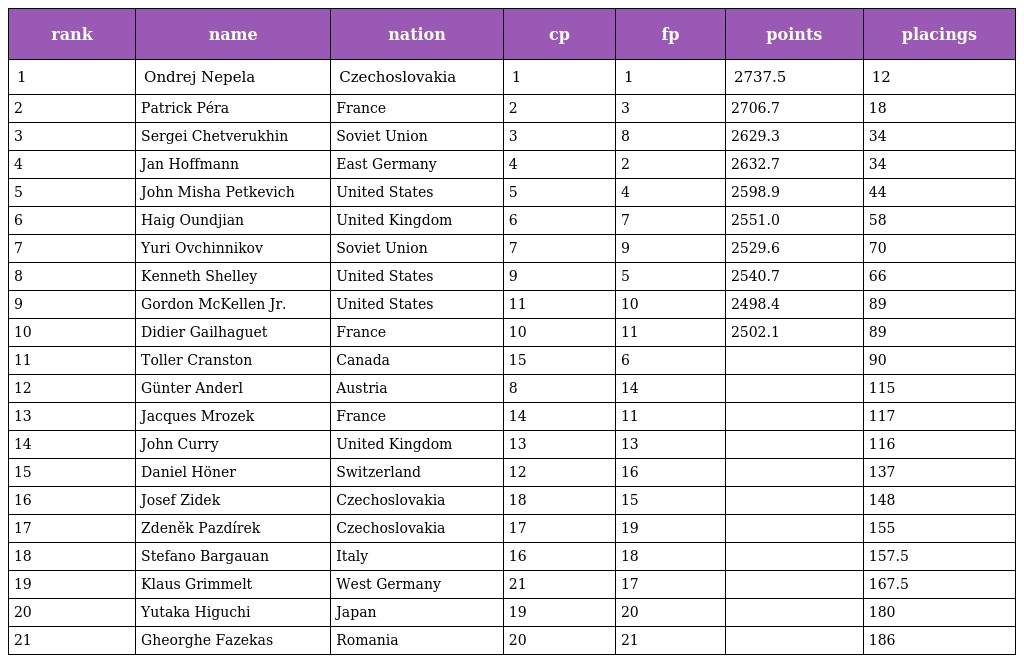
| rank | name | nation | cp | fp | points | placings |
 | --- | --- | --- | --- | --- | --- | --- |
 | 1 | Ondrej Nepela | Czechoslovakia | 1 | 1 | 2737.5 | 12 |
 | 2 | Patrick Péra | France | 2 | 3 | 2706.7 | 18 |
 | 3 | Sergei Chetverukhin | Soviet Union | 3 | 8 | 2629.3 | 34 |
 | 4 | Jan Hoffmann | East Germany | 4 | 2 | 2632.7 | 34 |
 | 5 | John Misha Petkevich | United States | 5 | 4 | 2598.9 | 44 |
 | 6 | Haig Oundjian | United Kingdom | 6 | 7 | 2551.0 | 58 |
 | 7 | Yuri Ovchinnikov | Soviet Union | 7 | 9 | 2529.6 | 70 |
 | 8 | Kenneth Shelley | United States | 9 | 5 | 2540.7 | 66 |
 | 9 | Gordon McKellen Jr. | United States | 11 | 10 | 2498.4 | 89 |
 | 10 | Didier Gailhaguet | France | 10 | 11 | 2502.1 | 89 |
 | 11 | Toller Cranston | Canada | 15 | 6 |  | 90 |
 | 12 | Günter Anderl | Austria | 8 | 14 |  | 115 |
 | 13 | Jacques Mrozek | France | 14 | 11 |  | 117 |
 | 14 | John Curry | United Kingdom | 13 | 13 |  | 116 |
 | 15 | Daniel Höner | Switzerland | 12 | 16 |  | 137 |
 | 16 | Josef Zidek | Czechoslovakia | 18 | 15 |  | 148 |
 | 17 | Zdeněk Pazdírek | Czechoslovakia | 17 | 19 |  | 155 |
 | 18 | Stefano Bargauan | Italy | 16 | 18 |  | 157.5 |
 | 19 | Klaus Grimmelt | West Germany | 21 | 17 |  | 167.5 |
 | 20 | Yutaka Higuchi | Japan | 19 | 20 |  | 180 |
 | 21 | Gheorghe Fazekas | Romania | 20 | 21 |  | 186 |